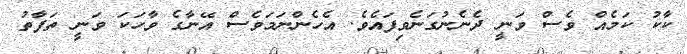
ކާކު ކަމެއް ވެސް ވަނީ ދެނެނުގަނެވިފައެވެ. އެހެންނަމަވެސް އޭނާގެ ވާހަކަ ވަނީ ތަފާތު